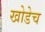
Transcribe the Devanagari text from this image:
खोडेच